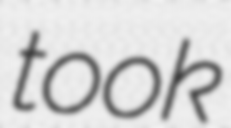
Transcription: took